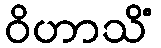
ဝိဟာသိံ